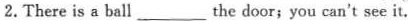
2.There is a ball ___ the door; you can't see it.